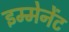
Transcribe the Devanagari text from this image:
इम्मेनेंट